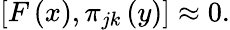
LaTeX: \left[F\left(x\right),\pi_{jk}\left(y\right)\right]\approx 0.